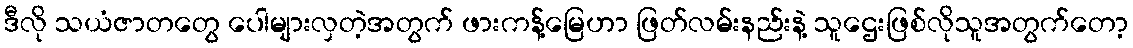
ဒီလို သယံဇာတတွေ ပေါများလှတဲ့အတွက် ဖားကန့်မြေဟာ ဖြတ်လမ်းနည်းနဲ့ သူဌေးဖြစ်လိုသူအတွက်တော့